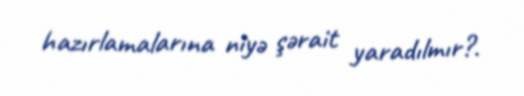
hazırlamalarına niyə şərait yaradılmır?.